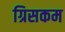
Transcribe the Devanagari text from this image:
ग्रिसकम